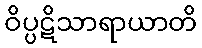
ဝိပ္ပဋိသာရာယာတိ